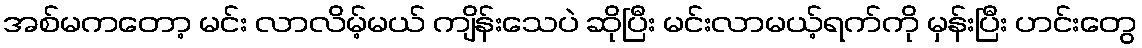
အစ်မကတော့ မင်း လာလိမ့်မယ် ကျိန်းသေပဲ ဆိုပြီး မင်းလာမယ့်ရက်ကို မှန်းပြီး ဟင်းတွေ